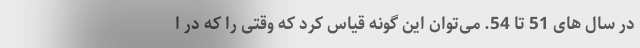
در سال های 51 تا 54. می‌توان این گونه قیاس کرد که وقتی را که در ا